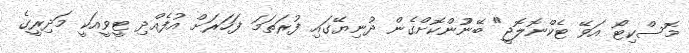
މޮސްކިޓޯ އަވޭ ޓެކްނޮލޮޖީ" ބޭނުުންކޮށްގެން ދުނިޔޭގައި ފުރަތަމަ ފަހަރަށް އުފެއްދި ޓީވީއަކީ މަދިރީގެ